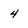
Character: 4